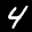
Label: 4